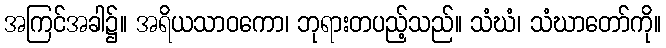
အကြင်အခါ၌။ အရိယသာဝကော၊ ဘုရားတပည့်သည်။ သံဃံ၊ သံဃာတော်ကို။